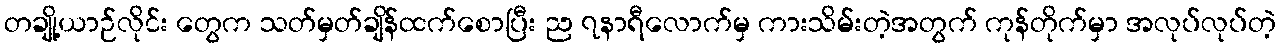
တချို့ယာဉ်လိုင်း တွေက သတ်မှတ်ချိန်ထက်စောပြီး ည ၇နာရီလောက်မှ ကားသိမ်းတဲ့အတွက် ကုန်တိုက်မှာ အလုပ်လုပ်တဲ့